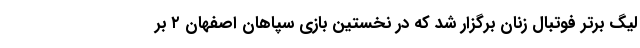
لیگ برتر فوتبال زنان برگزار شد که در نخستین بازی سپاهان اصفهان ۲ بر